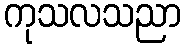
ကုသလသညာ